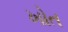
ખોત